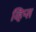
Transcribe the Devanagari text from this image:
व्हिप्स